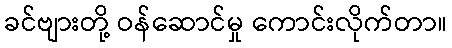
ခင်ဗျားတို့ ဝန်ဆောင်မှု ကောင်းလိုက်တာ။